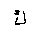
Letter: _kaf